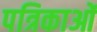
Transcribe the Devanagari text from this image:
पत्रिकाओं